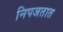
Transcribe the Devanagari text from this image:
निपजतात